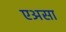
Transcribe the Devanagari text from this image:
एअसा